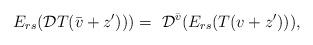
LaTeX: \begin{align*}E_{rs}(\mathcal{D}T(\bar{v} + z')))=\ \mathcal{D}^{\bar{v}} ( E_{rs}(T(v + z'))),\end{align*}